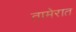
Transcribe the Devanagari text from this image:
तामेरात